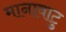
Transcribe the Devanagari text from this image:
मानावाटु